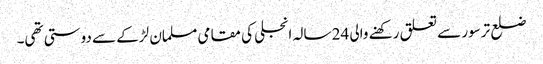
ضلع ترسور سے تعلق رکھنے والی 24 سالہ انجلی کی مقامی مسلمان لڑکے سے دوستی تھی۔